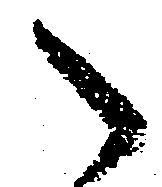
之